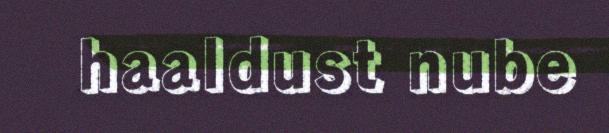
haaldust nube